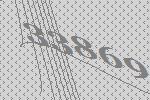
33869